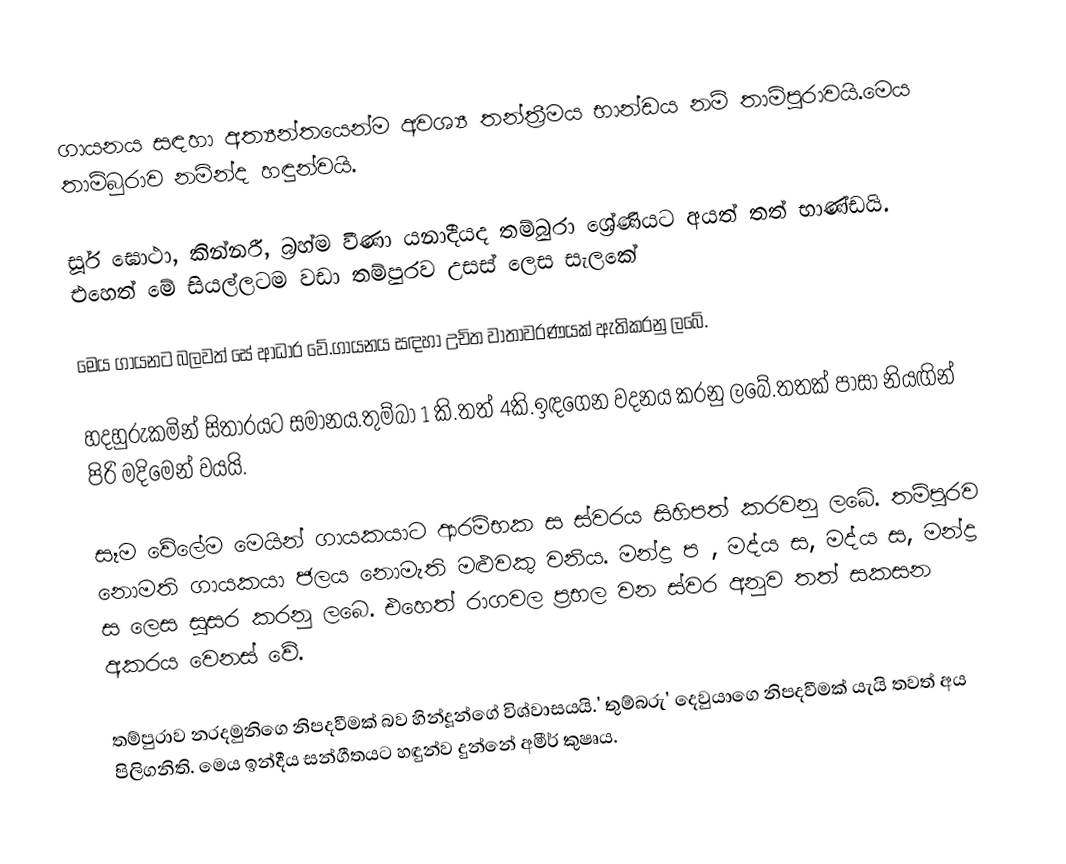
ගායනය සඳහා අත්‍යන්තයෙන්ම අවශ්‍ය තන්ත්‍රීමය භාන්ඩය නම් තාම්පුරාවයි.මෙය තාම්බුරාව නමින්ද හඳුන්වයි.

සූර් ඝොථා, කින්නරී, බ්‍රහ්ම වීණා යනාදීයද තම්බුරා ශ්‍රේණියට අයත් තත් භාණ්ඩයි. එහෙත් මේ සියල්ලටම වඩා තම්පුරව උසස් ලෙස සැලකේ

මෙය ගායනට බලවත් සේ ආධාර වේ.ගායනය සඳහා උචිත වාතාවරණයක් ඇතිකරනු ලබේ.

හදහුරුකමින් සිතාරයට සමානය.තුම්බා 1 කි.තත් 4කි.ඉඳගෙන වදනය කරනු ලබේ.තතක් පාසා නියඟින් පිරි මදිමෙන් වයයි.

සෑම වේලේම මෙයින් ගායකයාට ආරම්භක ස ස්වරය සිහිපත් කරවනු ලබේ. තම්පුරව නොමති ගායකයා ජලය නොමැති මළුවකු වනිය. මන්ද්‍ර ප , මද්ය ස, මද්ය ස, මන්ද්‍ර ස ලෙස සුසර කරනු ලබෙ. එහෙත් රාගවල ප්‍රභල වන ස්වර අනුව තත් සකසන අකරය වෙනස් වේ.

තම්පුරාව නරදමුනිගෙ නිපදවීමක් බව හින්දූන්ගේ විශ්වාසයයි.' තුම්බරු' දෙවුයාගෙ නිපදවීමක් යැයි තවත් අය පිලිගනිති. මෙය ඉන්දීය සන්ගීතයට හඳුන්ව දුන්නේ අමීර් කුෂෘය.